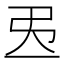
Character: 𢎮